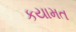
કયામત